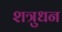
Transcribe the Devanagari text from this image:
शत्रुधन